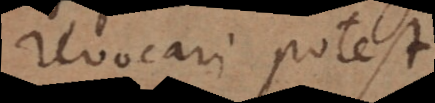
revocari potest.